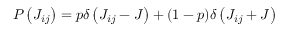
P \left( { { J } _ { i j } } \right) = p \delta \left( { { J } _ { i j } } - J \right) + ( 1 - p ) \delta \left( { { J } _ { i j } } + J \right)